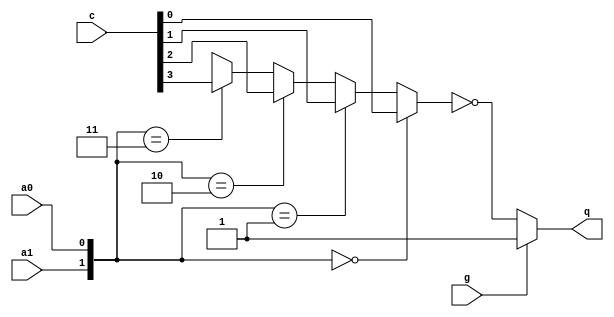
module sn74ls352(c, a1, a0, g, q);
input a1, a0, g;
input [3:0] c;
output q;
wire [1:0] a;
wire qi;

parameter
	// TI TTL data book Vol 1, 1985
	tPLH_min=0, tPLH_typ=19, tPLH_max=29, // worst case
	tPHL_min=0, tPHL_typ=25, tPHL_max=38;

	assign a = { a1, a0 };
	assign qi = (a==2'b00 ? c[0] :
	             (a==2'b01 ? c[1] :
                  (a==2'b10 ? c[2] :
                   (a==2'b11 ? c[3] : 1'bx))));

	assign #(tPLH_min:tPLH_typ:tPLH_max, tPHL_min:tPHL_typ:tPHL_max)
		q = g==1 ? 1'b1 : ~qi;

endmodule